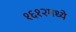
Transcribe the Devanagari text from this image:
१६१२मध्ये